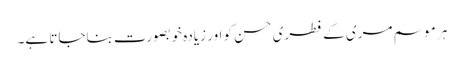
ہر موسم مری کے فطری حسن کو اور زیادہ خوبصورت بناجاتا ہے۔